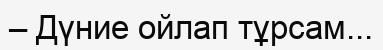
– Дүние ойлап тұрсам...